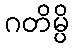
ဂတိမ္ပိ